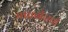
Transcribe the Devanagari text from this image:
माधवीदासी